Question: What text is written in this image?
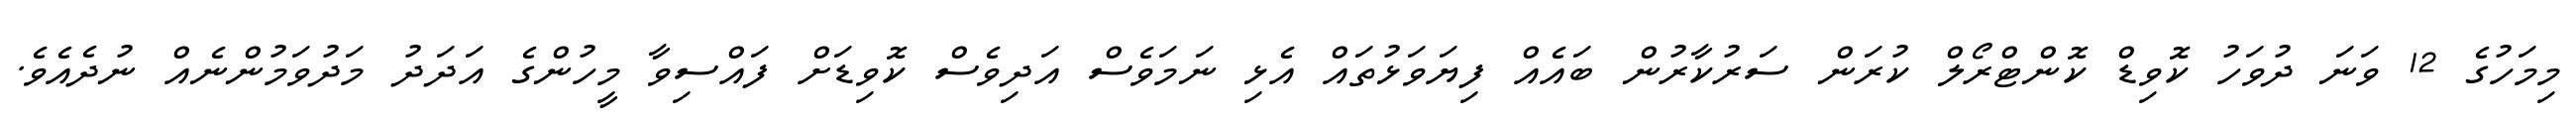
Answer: މިމަހުގެ 12 ވަނަ ދުވަހު ކޮވިޑް ކޮންޓްރޯލް ކުރަން ސަރުކާރުން ބައެއް ފިޔަވަޅުތައް އެޅި ނަމަވެސް އަދިވެސް ކޮވިޑަށް ފައްސިވާ މީހުންގެ އަދަދު މަދުވަމުންނެއް ނުދެއެވެ.